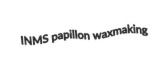
INMS papillon waxmaking